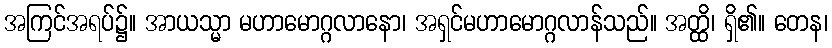
အကြင်အရပ်၌။ အာယသ္မာ မဟာမောဂ္ဂလာနော၊ အရှင်မဟာမောဂ္ဂလာန်သည်။ အတ္ထိ၊ ရှိ၏။ တေန၊